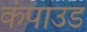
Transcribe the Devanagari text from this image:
कंपाउड